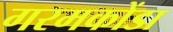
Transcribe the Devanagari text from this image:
गरमकोंडा